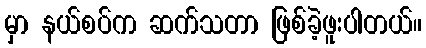
မှာ နယ်စပ်က ဆက်သတာ ဖြစ်ခဲ့ဖူးပါတယ်။